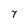
Character: 7